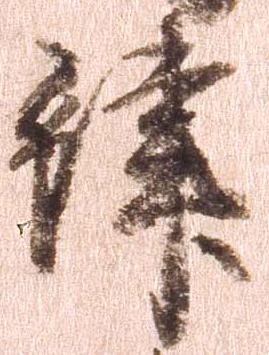
津